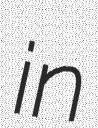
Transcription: in